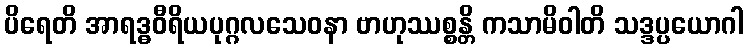
ပိရေတိ အာရဒ္ဓဝီရိယပုဂ္ဂလသေဝနာ ဗာဟုဿစ္စန္တိ ကသာမိဝါတိ သဒ္ဒပ္ပယောဂါ